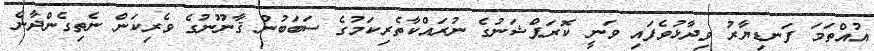
އުއްތަމަ ފަނޑިޔާރު ވިދާޅުވެފައި ވަނީ ކޮރަޕްޝަނުގެ ނުރައްކާތެރިކަމުގެ ސަބަބުން ޤާނޫނުގެ ވެރިކަން ނެތިގެންދާނެ